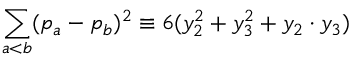
\sum _ { a < b } ( p _ { a } - p _ { b } ) ^ { 2 } \equiv 6 ( y _ { 2 } ^ { 2 } + y _ { 3 } ^ { 2 } + y _ { 2 } \cdot y _ { 3 } )